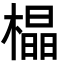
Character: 橸